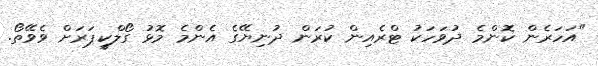
"އަހަރެން ކޮންމެ ދުވަހަކު ޓްރެއިން ކުރަން ދުނިޔޭގެ އެންމެ މޮޅު ގޯލްކީޕަރަށް ވެވޭތޯ.